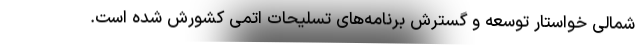
شمالی خواستار توسعه و گسترش برنامه‌های تسلیحات اتمی کشورش شده است.